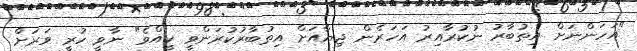
"އަހަންނަށް އިތުބާރު ނުކުރާއިރު އަހަރެން ޖިޔާއަށް އިތުބާރުކުރަންވީ ކީއްވެ" ނާވީ ހުރީ ވަރަށް